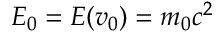
E _ { 0 } = E ( v _ { 0 } ) = m _ { 0 } c ^ { 2 }